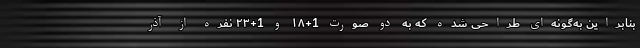
بنابراین به‌گونه‌ای طراحی شده که به دو صورت 1+۱۸ و 1+۲۳ نفره از آذر